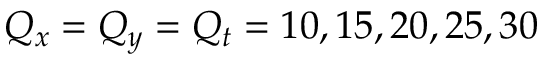
Q _ { x } = Q _ { y } = Q _ { t } = 1 0 , 1 5 , 2 0 , 2 5 , 3 0